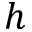
h